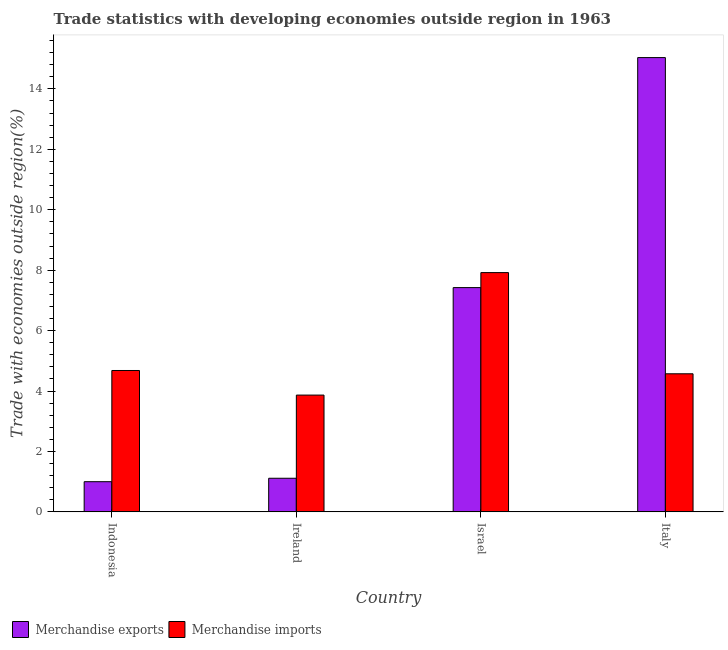
| Country | Merchandise exports | Merchandise imports |
 | --- | --- | --- |
 | Indonesia | 0.999 | 4.68 |
 | Ireland | 1.11 | 3.87 |
 | Israel | 7.42 | 7.92 |
 | Italy | 15 | 4.57 |